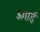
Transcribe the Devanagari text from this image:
ऊगाई